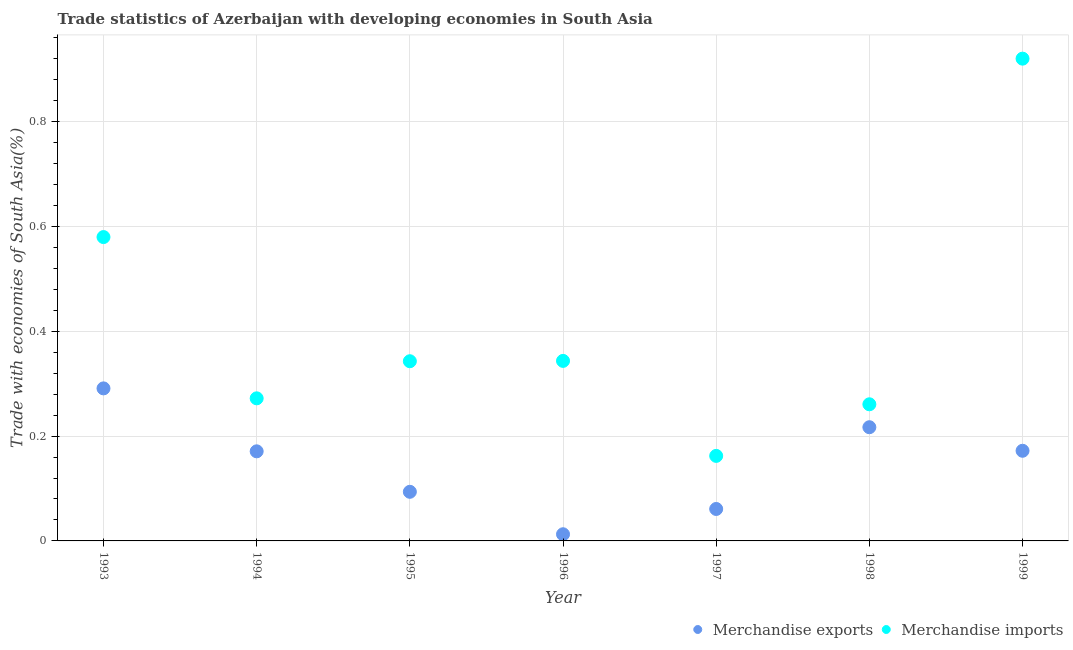
| Year | Merchandise exports | Merchandise imports |
 | --- | --- | --- |
 | 1993 | 0.291 | 0.58 |
 | 1994 | 0.171 | 0.272 |
 | 1995 | 0.0937 | 0.343 |
 | 1996 | 0.0127 | 0.343 |
 | 1997 | 0.0609 | 0.162 |
 | 1998 | 0.217 | 0.261 |
 | 1999 | 0.172 | 0.92 |